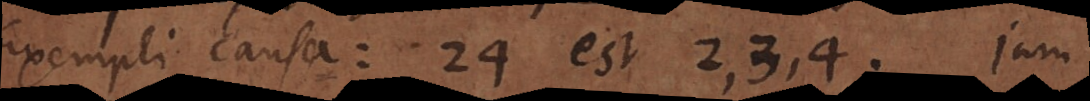
Exempli causa: 24 est 2, 3, 4. Iam